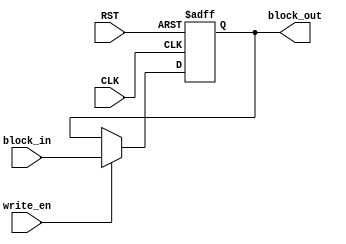
//-------------------------------------------------------------------------------------------------//
//  Project		: SHA-2																		       //
//  Description	: Block Memory for SHA256 			    		                                   //
//  Referents	: none.																		       //
//-------------------------------------------------------------------------------------------------//

module mem_save_block_128(
						input	wire				CLK,
						input	wire				RST,
						input	wire				write_en,
						input	wire 	[127:0]		block_in,
						output	wire	[127:0]		block_out
						);

	reg [127:0] block_out_reg;
	
	assign block_out = block_out_reg;
	always @(posedge CLK or negedge RST) 
	begin: update_event
		if(RST == 1'b0) begin
			block_out_reg <= 128'b0;
		end
		else begin
			if(write_en == 1'b1) begin
				block_out_reg <= block_in;
			end
		end
	end
endmodule